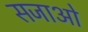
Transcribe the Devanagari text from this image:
सजाओ